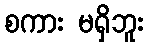
စကား မရှိဘူး